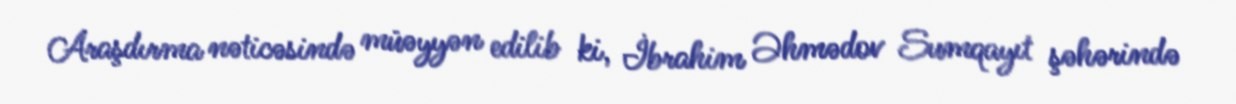
Araşdırma nəticəsində müəyyən edilib ki, İbrahim Əhmədov Sumqayıt şəhərində